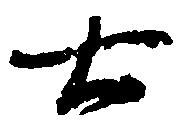
七